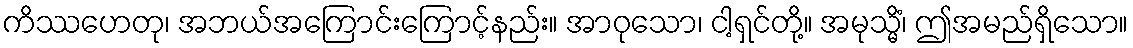
ကိဿဟေတု၊ အဘယ်အကြောင်းကြောင့်နည်း။ အာဝုသော၊ ငါ့ရှင်တို့။ အမုသ္မိံ၊ ဤအမည်ရှိသော။